NAE_ERA_R-30_Eesti_Riiklik_Spordiamet, lk 3
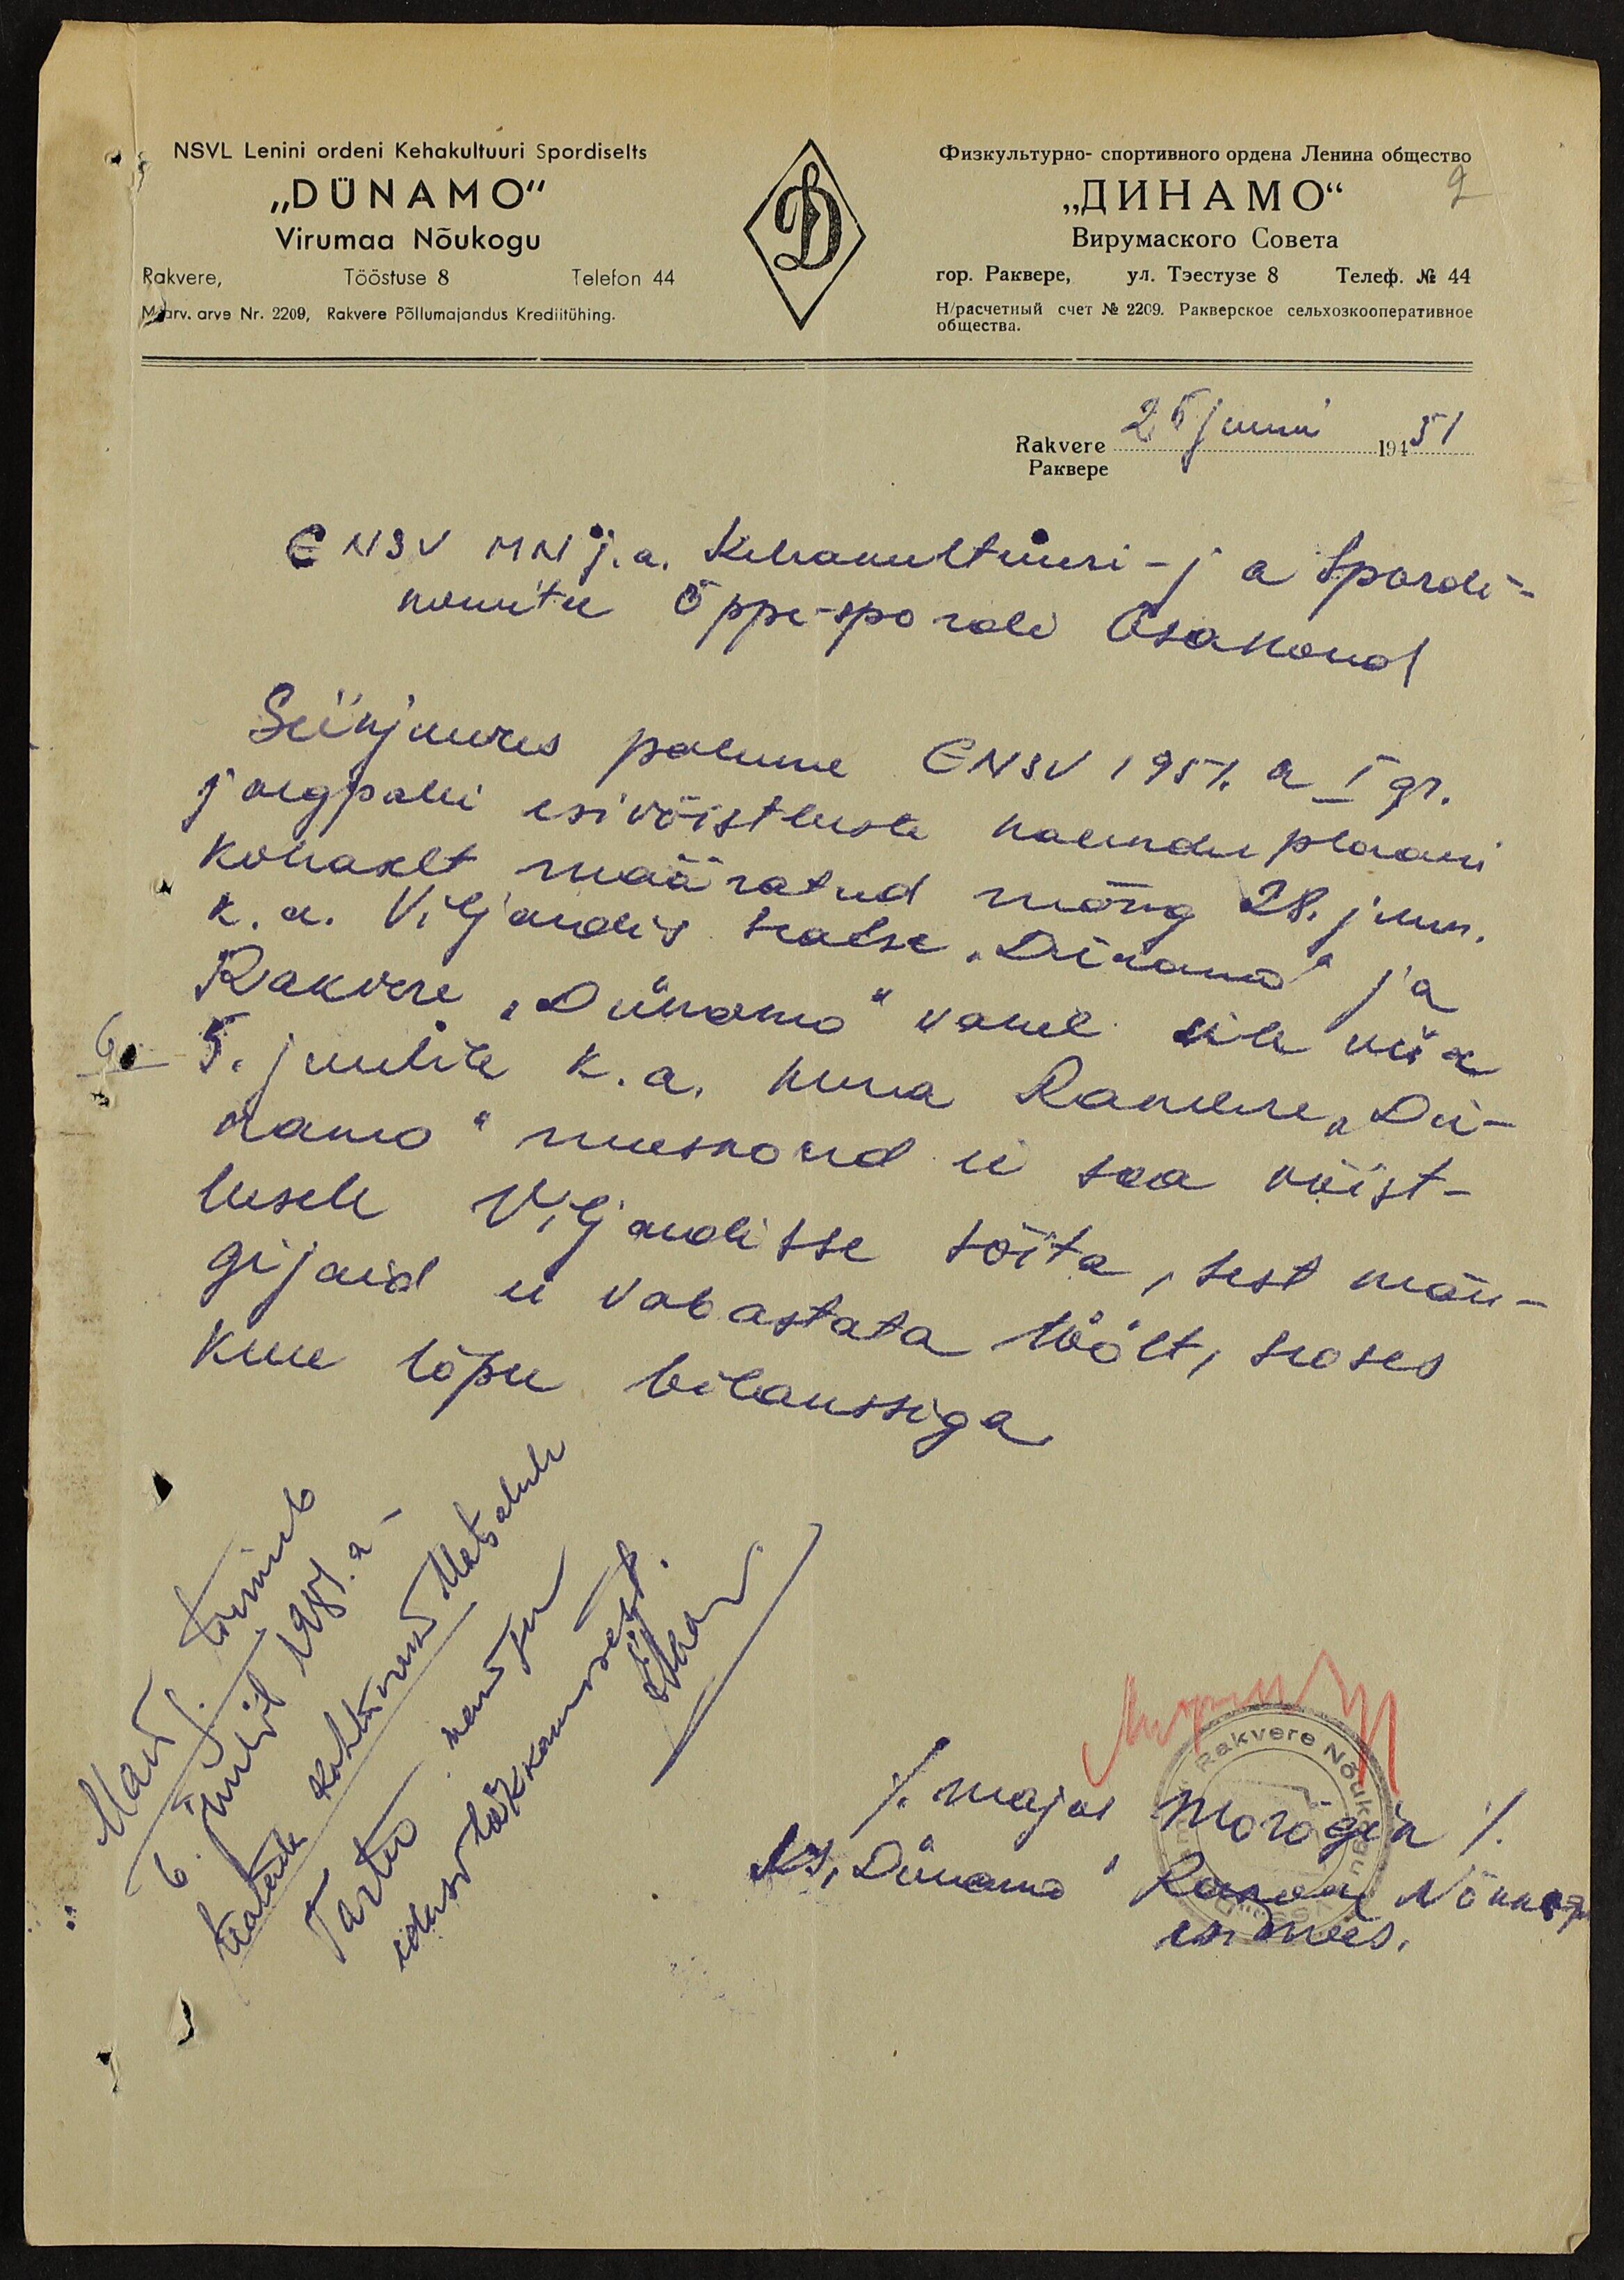
NSVL Lenini ordeni Kehakultuuri Spordiselts
"DÜNAMO"
2
Virumaa Nõukogu
Rakvere, Tööstuse 8 Telefon 44
M arv. arve Nr. 2209, Rakvere Põllumajandus Krediitühing.
Rakvere 25 Juuni 19451
ENSV MN j.a. Kehakultuuri - ja Spordi-
komitee Õppe-spordi Osakond
Siinjuures palume ENSV 1951. a I gr.
jalgpalli esivõistluste kalender plaani
kohaselt määratud mäng 28. juun.
k. a. Viljandis sealse "Dünamo" ja
Rakvere "Dünamo" vahel üle viia
5. juulile k.a. kuna Rakvere "Dü-
namo" meeskond ei saa võist-
lusele Viljandisse sõita, sest män-
gijaid ei vabastata töölt, seoses
kuu lõpu bilanssiga
Mäng toimub
6. juulil 1951.a.
teatada kohtunik Matsalule
Tartus mängu
edasilükkamisest.
major Morõgin
ks "Dünamo" Rakvere Nõukogu
esimees.